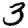
Digit: 3